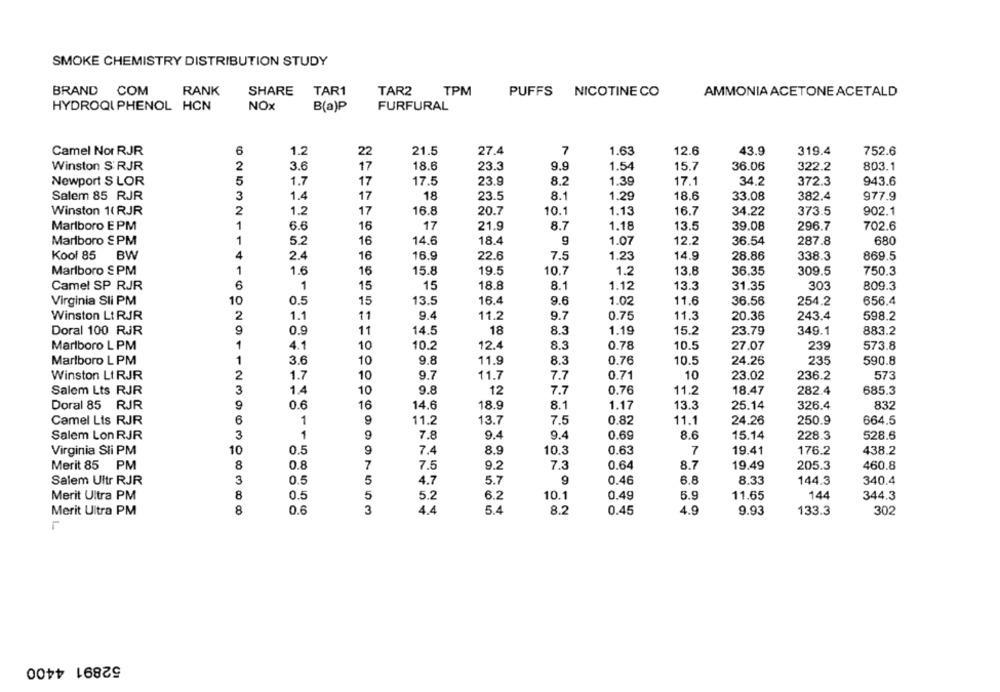
SMOKE CHEMISTRY DISTRIBUTION STUDY
COM
RANK
TAR1
BRAND
SHARE
TAR2
TPM
PUFFS NICOTINE CO
AMMONIA ACETONE ACETALD
HYDROQI PHENOL HCN
NOX
B(a)P
FURFURAL
Camel Nor RJR
1.2
22
21.5
27.4
7
1.63
12.6
43.9
319.4
752.6
2
3.6
18.6
9.9
15.7
803.1
Winston S'RJR
17
23.3
1.54
36.06
322.2
5
Newport S LOR
1.7
17
17.5
23.9
8.2
1.39
17.1
34.2
372.3
943.6
Salem 85 RJR
3
1.4
17
18
23.5
8.1
1.29
18.6
33.08
382.4
977.9
Winston 1( RJR
2
1.2
17
16.8
20.7
10.1
1.13
16.7
34.22
373.5
902.1
Marlboro E PM
1
6.6
16
17
21.9
8.7
1.18
13.5
39.08
296.7
702.6
Marlboro S PM
1
5.2
16
14.6
18.4
9
1.07
12.2
36.54
287.8
680
Kool 85
BW
4
2.4
16
16.9
22.6
7.5
14.9
869.5
1.23
28.86
338.3
1
10.7
Marlboro $ PM
1.6
16
15.8
19.5
1.2
13.8
36.35
309.5
750.3
6
Camel SP RJR
1
15
15
18.8
8.1
1.12
13.3
31.35
303
809.3
Virginia Sli PM
10
0.5
15
13.5
16.4
9.6
1.02
11.6
36.56
254.2
656.4
Winston Lt RJR
2
1.1
11
9.4
11.2
9.7
0.75
11.3
20.36
243.4
598.2
Doral 100 RJR
9
0.9
11
14.5
18
8.3
1.19
15.2
23.79
349.1
883.2
Marlboro L PM
1
4.1
10
10.2
12.4
8.3
0.78
10.5
239
573.8
27.07
3.6
10
9.8
8.3
235
590.8
Marlboro L PM
1
11.9
0.76
10.5
24.26
10
Winston LI RJR
2
1.7
10
9.7
11.7
7.7
0.71
23.02
236.2
573
Salem Lts RJR
3
1.4
10
9.8
12
7.7
0.76
11.2
18.47
282.4
685.3
Doral 85 RJR
9
0.6
16
14.6
18.9
8.1
1.17
13.3
25.14
326.4
832
Camel Lis RJR
6
1
9
11.2
13.7
7.5
0.82
11.1
24.26
250.9
664.5
Salem Lon RJR
3
1
9
7.8
9.4
9.4
0.69
8.6
15.14
228.3
528.6
10
0.5
9
10.3
0.63
7
Virginia Sli PM
7.4
8.9
19.41
176.2
438.2
8
Merit 85
PM
0.8
7
7.5
9.2
7.3
0.64
8.7
19.49
205.3
460.8
Salem Ultr RJR
3
0.5
5
4.7
5.7
9
0.46
6.8
8.33
144.3
340.4
Merit Uitra PM
8
0.5
5
5.2
6.2
10.1
0.49
5.9
11.65
144
344.3
Merit Ultra PM
8
0.6
3
4.4
5.4
8.2
0.45
4.9
9.93
133.3
302
52891 4400